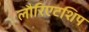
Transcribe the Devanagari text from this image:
लौरिएटशिप